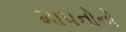
માપનોનો